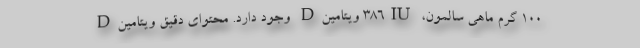
۱۰۰ گرم ماهی سالمون، ۳۸۶IU ویتامینD وجود دارد. محتوای دقیق ویتامینD